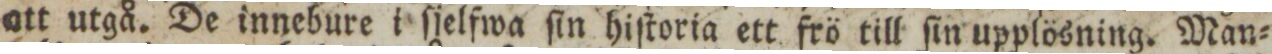
att utgå. De innebure i ſjelfwa ſin hiſtoria ett frö till ſin upplösning. Man=